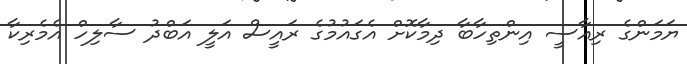
ޔަމަންގެ ރިއާސީ އިންތިހާބާ ދިމާކޮށް އެގައުމުގެ ރައީސް އަލީ އަބްދު ސާލިހް އެމެރިކާ